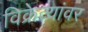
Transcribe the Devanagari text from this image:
विक्रेत्यांवर